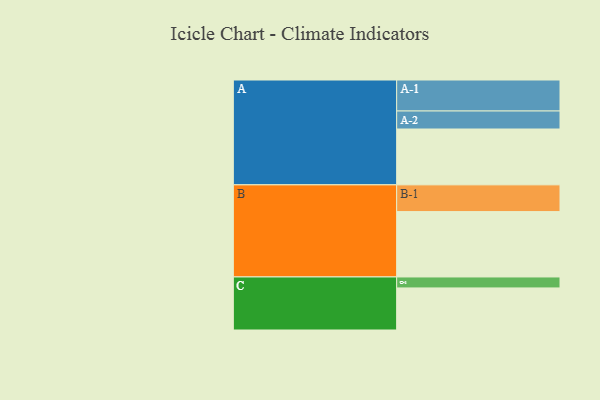
{"axis": {"x": "Segment", "y": "Value"}, "legend": ["", "A", "B", "C"], "data": [{"x": "A", "y": 499, "type": ""}, {"x": "B", "y": 584, "type": ""}, {"x": "C", "y": 376, "type": ""}, {"x": "A-1", "y": 277, "type": "A"}, {"x": "A-2", "y": 161, "type": "A"}, {"x": "B-1", "y": 239, "type": "B"}, {"x": "C-1", "y": 98, "type": "C"}]}